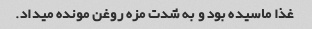
غذا ماسیده بود و به شدت مزه روغن مونده میداد.